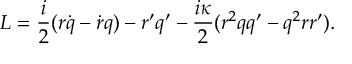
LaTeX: { \cal L } = \frac { i } { 2 } ( r \dot { q } - \dot { r } q ) - r ^ { \prime } q ^ { \prime } - \frac { i \kappa } { 2 } ( r ^ { 2 } q q ^ { \prime } - q ^ { 2 } r r ^ { \prime } ) .